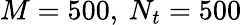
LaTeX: M=500,\: N_{t}=500